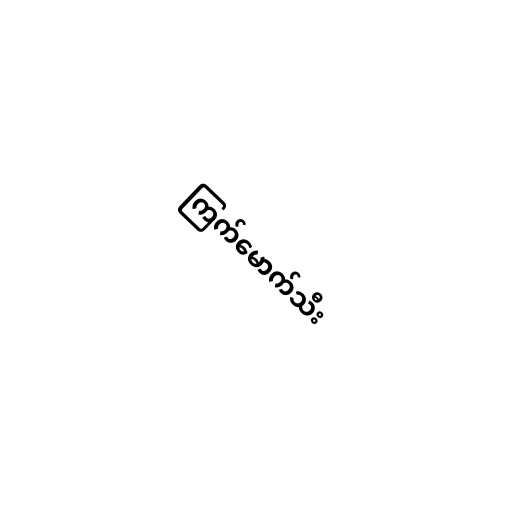
ကြက်မောက်သီး